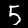
Label: 5